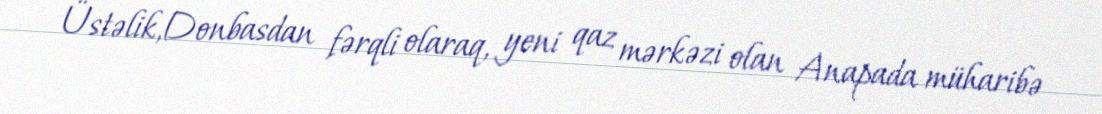
Üstəlik,Donbasdan fərqli olaraq, yeni qaz mərkəzi olan Anapada müharibə